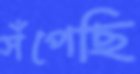
সঁপেছি